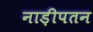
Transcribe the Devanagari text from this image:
नाड़ीपतन